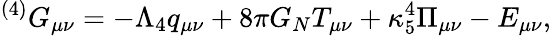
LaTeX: {}^{(4)}G_{\mu\nu}=-\Lambda_{4}q_{\mu\nu}+8\pi G_{N}T_{\mu\nu}+\kappa_{5}^{4}\Pi_{\mu\nu}-E_{\mu\nu},